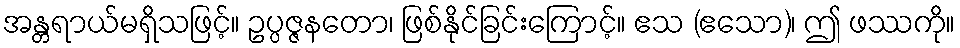
အန္တရာယ်မရှိသဖြင့်။ ဥပ္ပဇ္ဇနတော၊ ဖြစ်နိုင်ခြင်းကြောင့်။ ဧသ (ဧသော)၊ ဤ ဖဿကို။